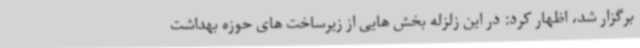
برگزار شد، اظهار کرد: در این زلزله بخش هایی از زیرساخت های حوزه بهداشت